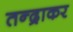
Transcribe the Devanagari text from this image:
तन्द्राकर